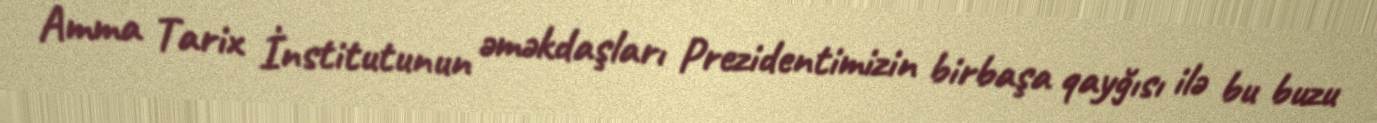
Amma Tarix İnstitutunun əməkdaşları Prezidentimizin birbaşa qayğısı ilə bu buzu